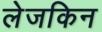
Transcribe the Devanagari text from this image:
लेजकिन